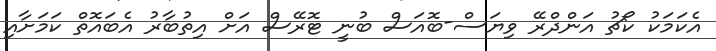
އެކަމަކު ކޯޗު އަންދްރޭ ވިޔަސް-ބޮއަސް ބުނީ ޓޮރޭސް އަށް އިތުބާރު އެބައޮތް ކަމަށާއި